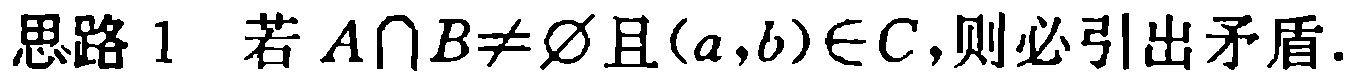
思路 1 若 \(A\cap B\neq\varnothing\)且\((a,b)\in C\)，则必引出矛盾.